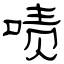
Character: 啧